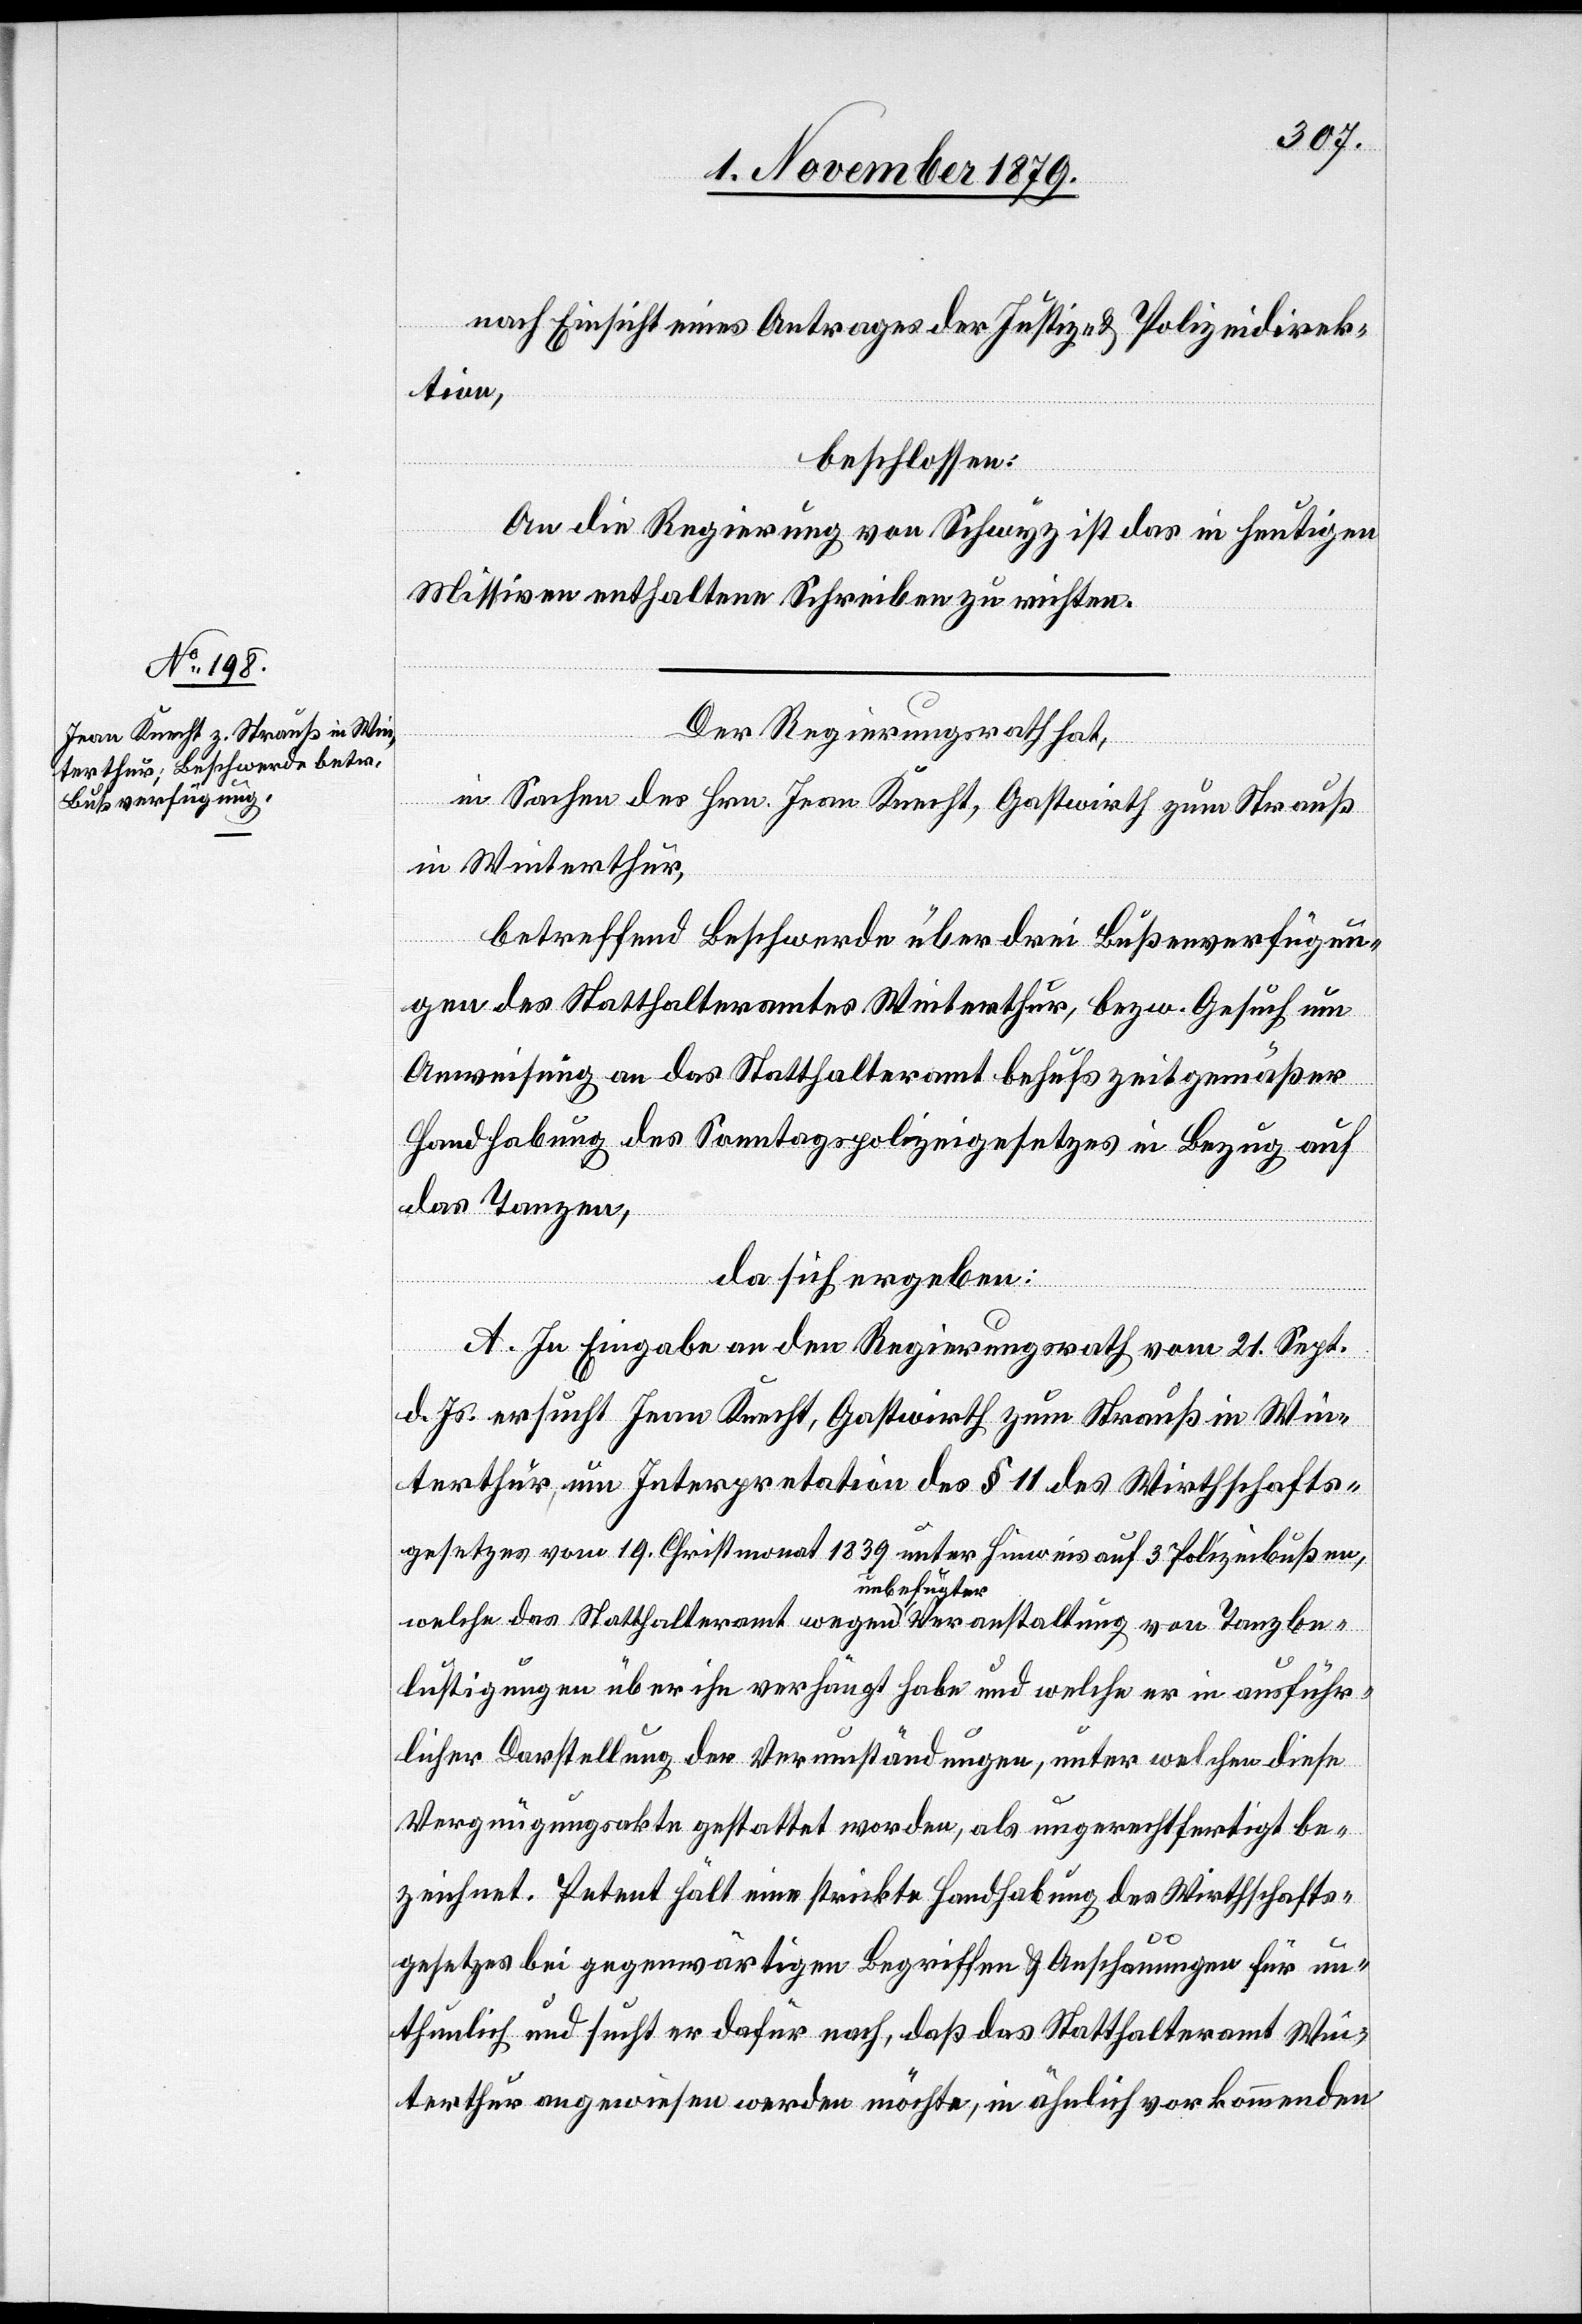
nach Einsicht eines Antrages der Justiz- & Polizeidirek¬
tion,
beschlossen:
An die Regierung von Schwyz ist das in heutigen
Missiven enthaltene Schreiben zu richten.
Der Regierungsrath hat,
in Sachen des Hrn. Jean Knecht, Gastwirth zum Strauß
in Winterthur,
betreffend Beschwerde über drei Bußenverfügun¬
gen des Statthalteramtes Winterthur, bezw. Gesuch um
Anweisung an das Statthalteramt behufs zeitgemäßer
Handhabung des Sonntagspolizeigesetzes in Bezug auf
das Tanzen,
da sich ergeben:
A. In Eingabe an den Regierungsrath vom 21. Sept.
d. Js. ersucht Jean Knecht, Gastwirth zum Strauß in Win¬
terthur, um Interpretation des § 11 des Wirthschafts¬
gesetzes vom 19. Christmonat 1839 unter Hinweis auf 3 Polizeibußen,
welche das Statthalteramt wegen unbefugter Veranstaltung von Tanzbe¬
lustigungen über ihn verhängt habe und welche er in ausführ¬
licher Darstellung der Verumständungen, unter welchen diese
Vergnügungsakte gestattet worden, als ungerechtfertigt be¬
zeichnet. Petent hält eine strikte Handhabung des Wirthschafts¬
gesetzes bei gegenwärtigen Begriffen & Anschauungen für un¬
thunlich und sucht er dafür nach, daß das Statthalteramt Win¬
terthur angewiesen werden möchte, in ähnlich vorkommenden